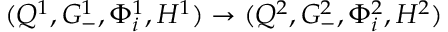
( Q ^ { 1 } , G _ { - } ^ { 1 } , \Phi _ { i } ^ { 1 } , H ^ { 1 } ) \rightarrow ( Q ^ { 2 } , G _ { - } ^ { 2 } , \Phi _ { i } ^ { 2 } , H ^ { 2 } )